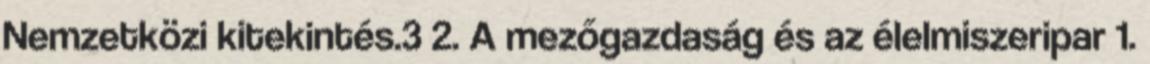
Nemzetközi kitekintés.3 2. A mezőgazdaság és az élelmiszeripar 1.